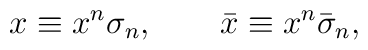
x\equiv x^{n}\sigma _{n},\qquad \bar{x}\equiv x^{n}\bar{\sigma}_{n},